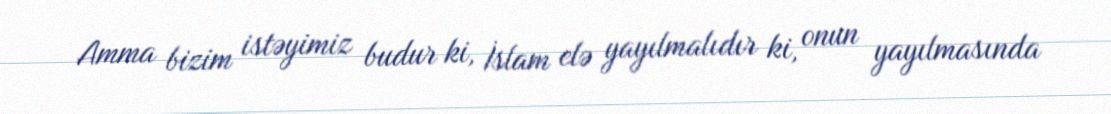
Amma bizim istəyimiz budur ki, İslam elə yayılmalıdır ki, onun yayılmasında